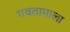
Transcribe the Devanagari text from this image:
गवतामाला